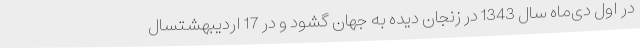
در اول دی‌ماه سال 1343 در زنجان دیده به جهان گشود و در 17 اردیبهشتسال